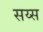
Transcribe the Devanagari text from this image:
सय्स